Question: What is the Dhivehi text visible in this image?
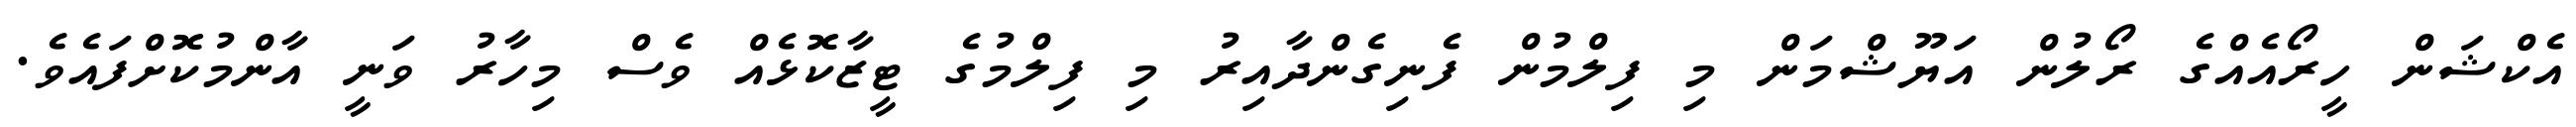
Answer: އެކްޝަން ހީރޯއެއްގެ ރޯލުން އަޔޫޝްމަން މި ފިލްމުން ފެނިގެންދާއިރު މި ފިލްމުގެ ޓީޒާކޮޅެއް ވެސް މިހާރު ވަނީ އާންމުކޮށްފައެވެ.